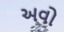
અવો